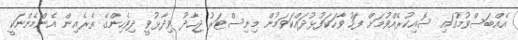
އެއްބަސްވުމުގައި ސޮއިކުރެއްވުމަށް ފަހު ވާހަކަފުޅުދައްކަވަމުން މިނިސްޓަރު ޖިހާދު ވިދާޅުވީ ދިވެހިންގެ ތެރެއިން އެންމެންނަކީ